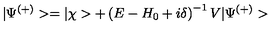
| \Psi ^ { ( + ) } > = | \chi > + \left( E - H _ { 0 } + i \delta \right) ^ { - 1 } V | \Psi ^ { ( + ) } >